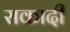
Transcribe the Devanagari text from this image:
सकादी